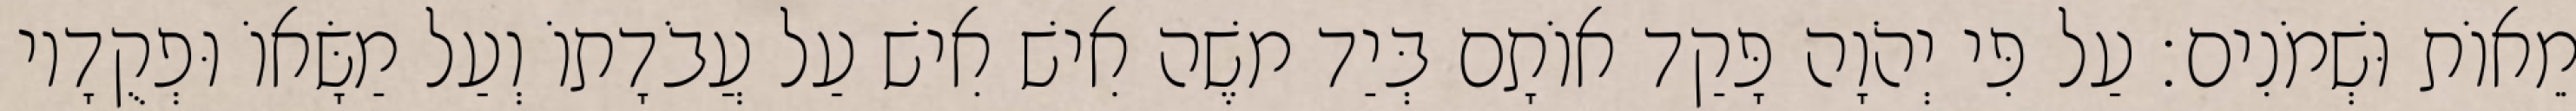
מֵאוֹת וּשְׁמֹנִים׃ עַל פִּי יְהֹוָה פָּקַד אוֹתָם בְּיַד משֶׁה אִישׁ אִישׁ עַל עֲבֹדָתוֹ וְעַל מַשָּׂאוֹ וּפְקֻדָיו